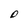
Character: D